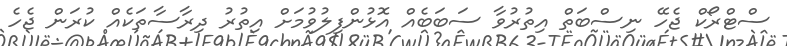
ސްޓްރޯކް ޖެހޭ ނިސްބަތް އިތުރުވާ ސަބަބެއް އޮޅުންފިލުވުމަށް އިތުރު ދިރާސާތަކެއް ކުރަން ޖެހެ